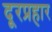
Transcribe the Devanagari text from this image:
दूरप्रहार